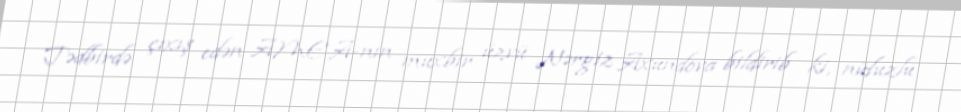
Tədbirdə çıxış edən AMEA-nın müxbir üzvü Nərgiz Axundova bildirib ki, nüfuzlu